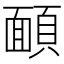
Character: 𩔁